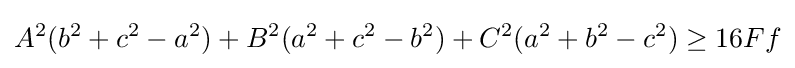
A^{2}(b^{2}+c^{2}-a^{2})+B^{2}(a^{2}+c^{2}-b^{2})+C^{2}(a^{2}+b^{2}-c^{2})\geq 16Ff